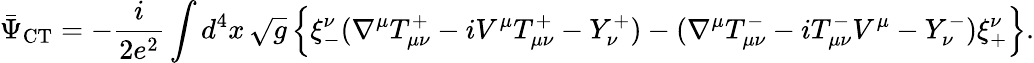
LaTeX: \bar{\Psi}_{\mathrm{CT}}=-\frac{i}{2e^{2}}\int d^{4}x\, \sqrt{g}\, \Bigr\{ \xi_{-}^{\nu}(\nabla^{\mu}T_{\mu\nu}^{+}-iV^{\mu}T_{\mu\nu}^{+}-Y_{\nu}^{+})-(\nabla^{\mu}T_{\mu\nu}^{-}-iT_{\mu\nu}^{-}V^{\mu}-Y_{\nu}^{-})\xi_{+}^{\nu}\Bigr\} .